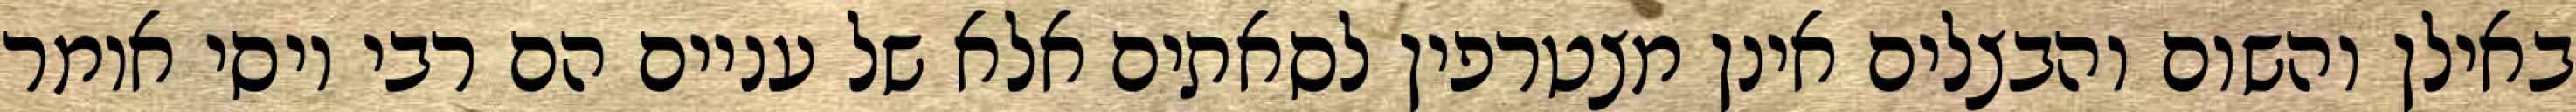
באילן והשום והבצלים אינן מצטרפין לסאתים אלא של עניים הם רבי יוסי אומר